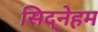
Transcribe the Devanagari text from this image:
सिद्नेहम